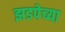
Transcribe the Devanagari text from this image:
झडपेच्या